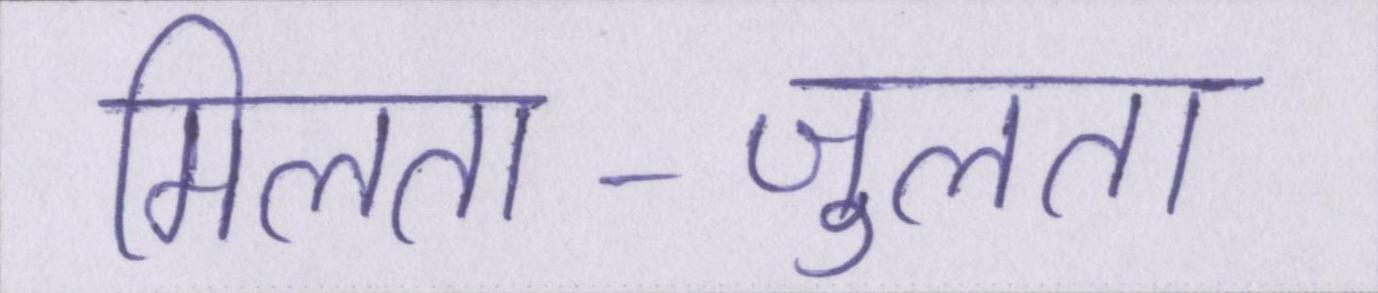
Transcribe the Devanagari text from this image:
मिलता-जुलता